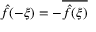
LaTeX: { \hat { f } } ( - \xi ) = - { \overline { { { \hat { f } } ( \xi ) } } }